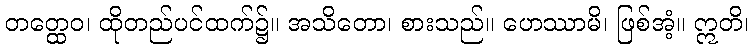
တတ္ထေဝ၊ ထိုတည်ပင်ထက်၌။ အသိတော၊ စားသည်။ ဟေဿာမိ၊ ဖြစ်အံ့။ ဣတိ၊